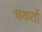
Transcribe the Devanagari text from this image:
चकतों